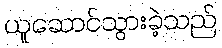
ယူဆောင်သွားခဲ့သည်